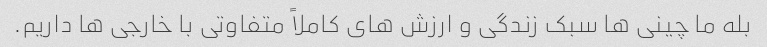
بله ما چینی ها سبک زندگی و ارزش های کاملاً متفاوتی با خارجی ها داریم.